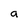
Character: a